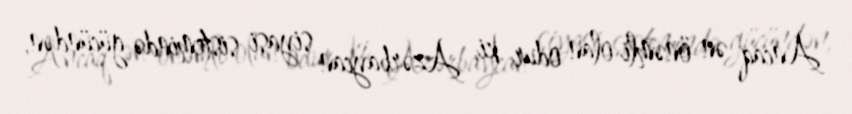
Ancaq ən önəmli olan odur ki, Azərbaycan siyasi sistemində gücündən,